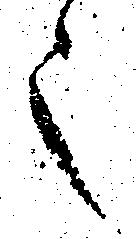
之